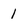
Character: 1